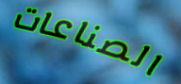
الصناعات